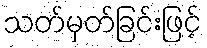
သတ်မှတ်ခြင်းဖြင့်